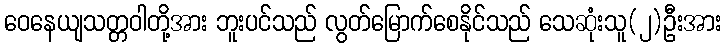
ဝေနေယျသတ္တဝါတို့အား ဘူးပင်သည် လွတ်မြောက်စေနိုင်သည် သေဆုံးသူ(၂)ဦးအား